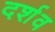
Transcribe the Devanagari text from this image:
दर्शव